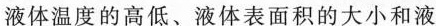
液体温度的高低、液体表面积的大小和液